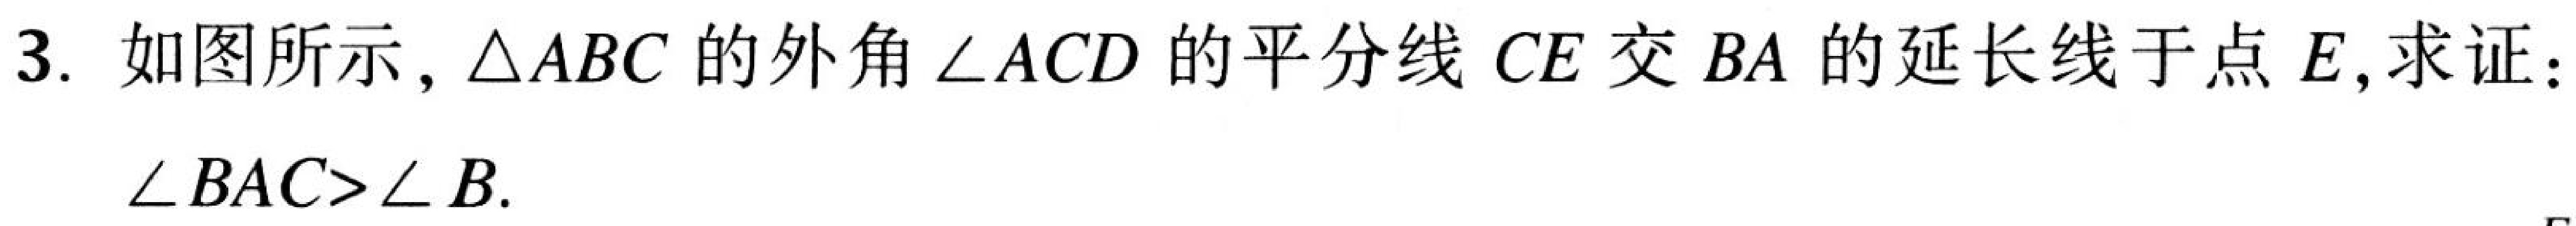
3. 如图所示，\(\triangle ABC\)的外角\(\angle ACD\)的平分线\(CE\)交\(BA\)的延长线于点\(E\),求证：\(\angle BAC>\angle B\).